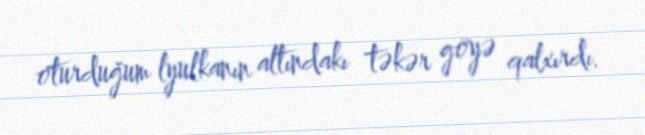
oturduğum lyulkanın altındakı təkər göyə qalxırdı.